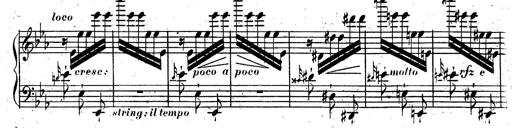
Title: Rondeau fantastique sur un thÃ¨me espagnol
Composer: Franz Liszt